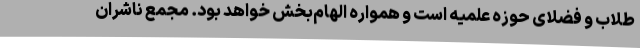
طلاب و فضلای حوزه علمیه است و همواره الهام‌بخش خواهد بود. مجمع ناشران